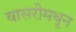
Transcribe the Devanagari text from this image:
बासरीमधून